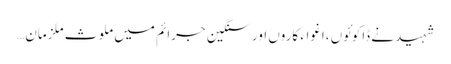
شہید نے ڈاکوئوں ،اغواء کاروں اور سنگین جرائم میں ملوث ملزمان…